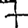
Digit: 7